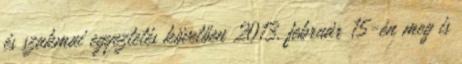
és szakmai egyeztetés követően 2013. február 15-én meg is